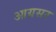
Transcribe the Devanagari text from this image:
आग्रसर